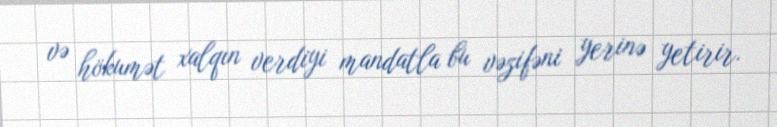
və hökumət xalqın verdiyi mandatla bu vəzifəni yerinə yetirir.